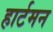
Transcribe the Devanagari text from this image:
हार्टमन